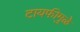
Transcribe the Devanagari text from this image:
टायफीमुळे